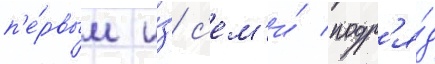
п'е́рвым и́з с'ем'и́ подр'я́д